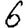
Digit: 6